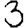
Digit: 3